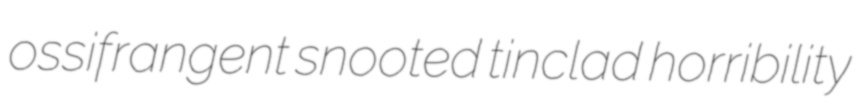
ossifrangent snooted tinclad horribility